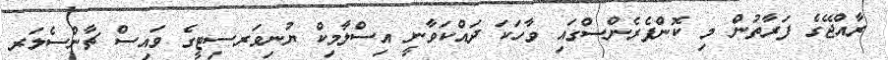
ރާއްޖޭގެ ފަރާތުން މި ކޮންފެރެންސްގައި ވާހަކަ ދައްކަވާނީ އިސްލާމިކް ޔުނިވަރސިޓީގެ ވައިސް ޗާންސެލަރ